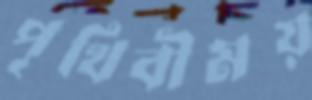
পৃথিবীময়